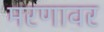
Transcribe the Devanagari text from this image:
मरणावर